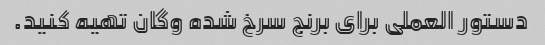
دستور العملی برای برنج سرخ شده وگان تهیه کنید.